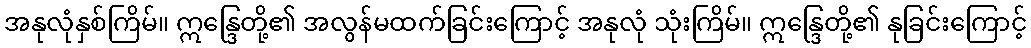
အနုလုံနှစ်ကြိမ်။ ဣန္ဒြေတို့၏ အလွန်မထက်ခြင်းကြောင့် အနုလုံ သုံးကြိမ်။ ဣန္ဒြေတို့၏ နုခြင်းကြောင့်